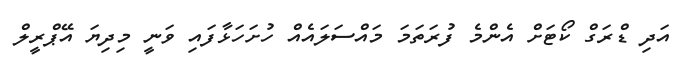
އަދި ޑްރަގް ކޯޓަށް އެންމެ ފުރަތަމަ މައްސަލައެއް ހުށަހަޅާފައި ވަނީ މިދިޔަ އޭޕްރީލް